Indian journal of veterinary science and animal husbandry - Volumes 22-23, 1952-1953
Year: 1952
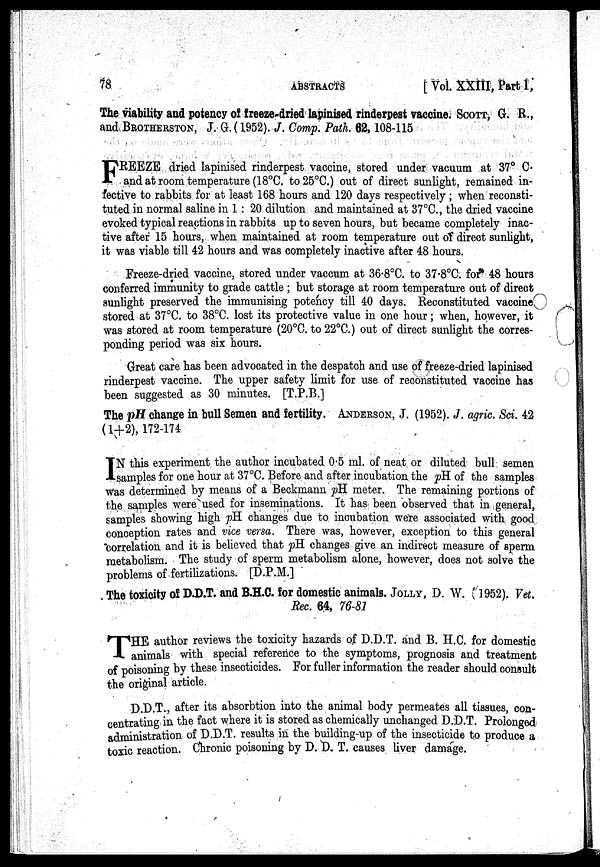
78
ABSTRACTS
[
Vol. XXIII, Part 1,
The viability and potency of freeze-dried lapinised rinderpest vaccine. SCOTT, G. R.,
and BROTHERSTON, J. G. (1952). J. Comp. Path. 62, 108-115
F REEZE dried lapinised rinderpest, vaccine, stored under vacuum at 37° C
and at room temperature (18°C. to 25°C.) out of direct sunlight, remained in-
fective to rabbits for at least 168 hours and 120 days respectively; when reconsti-
tuted in normal saline in 1 : 20 dilution and maintained at 37°C., the dried vaccine
evoked typical reactions in rabbits up to seven hours, but became completely inac-
tive after 15 hours, when maintained at room temperature out of direct sunlight,
it was viable till 42 hours and was completely inactive after 48 hours.
Freeze-dried vaccine, stored under vaccum at 36.8°C. to 37.8°C. for 48 hours
conferred immunity to grade cattle ; but storage at room temperature out of direct
sunlight preserved the immunising potency till 40 days. Reconstituted vaccine
stored at 37°C. to 38°C. lost its protective value in one hour ; when, however, it
was stored at room temperature (20°C. to 22°C.) out of direct sunlight the corres-
ponding period was six hours.
Great care has been advocated in the despatch and use of freeze-dried lapinised
rinderpest vaccine. The upper safety limit for use of reconstituted vaccine has
been suggested as 30 minutes. [T.P.B.]
The pH change in bull Semen and fertility. ANDERSON, J. (1952). J. agric. Sci. 42
(1+2), 172-174
I N this experiment the author incubated 0.5 ml. of neat, or diluted bull semen
samples for one hour at 37°C. Before and after incubation the pH of the samples
was determined by means of a Beckmann pH meter. The remaining portions of
the samples were used for inseminations. It has been observed that in general,
samples showing high pH changes due to incubation were associated with good
conception rates and vice versa. There was, however, exception to this general
correlation and it is believed that pH changes give an indirect measure of sperm
metabolism. The study of sperm metabolism alone, however, does not solve the
problems of fertilizations. [D.P.M.]
The toxicity of D.D.T. and B.H.C. for domestic animals. JOLLY, D. W. (1952). Vet.
Rec. 64, 76-81
T HE author reviews the toxicity hazards of D.D.T. and B. H.C. for domestic
animals with special reference to the symptoms, prognosis and treatment
of poisoning by these insecticides. For fuller information the reader should consult
the original article.
D.D.T., after its absorbtion into the animal body permeates all tissues, con-
centrating in the fact where it is stored as chemically unchanged D.D.T. Prolonged
administration of D.D.T. results in the building-up of the insecticide to produce a
toxic reaction. Chronic poisoning by D. D. T. causes liver damage.